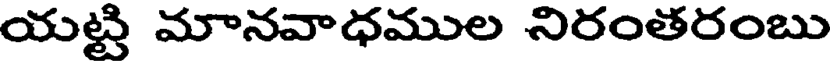
యట్టి మానవాధముల నిరంతరంబు